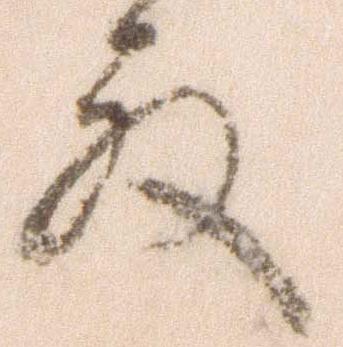
殿